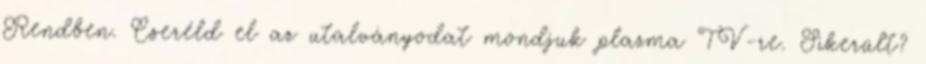
Rendben. Cseréld el az utalványodat mondjuk plazma TV-re. Sikerült?